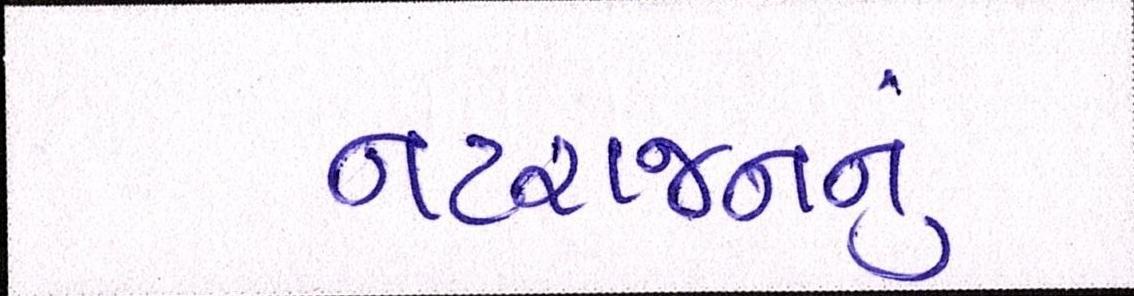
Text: નટરાજનનું